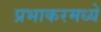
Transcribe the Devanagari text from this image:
प्रभाकरमध्ये